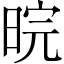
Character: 晥